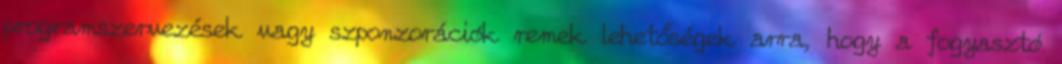
programszervezések vagy szponzorációk remek lehetőségek arra, hogy a fogyasztó